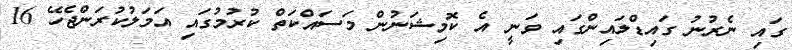
ގައި ނެރުނު ގައިޑްލައިންގައި ވަނީ އެ ކޮމިޝަނުން މަސައްކަތް ކުރުމުގައި އަމަލުކުރަންޖެހޭ 16